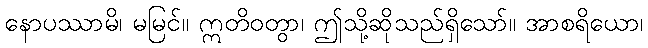
နောပဿာမိ၊ မမြင်။ ဣတိဝတွာ၊ ဤသို့ဆိုသည်ရှိသော်။ အာစရိယော၊